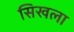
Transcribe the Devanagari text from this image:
सिखला